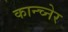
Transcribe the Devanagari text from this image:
कान्च्नेर